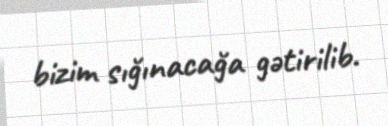
bizim sığınacağa gətirilib.